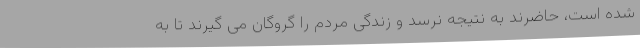
شده است، حاضرند به نتیجه نرسد و زندگی مردم را گروگان می گیرند تا به